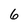
Character: 6